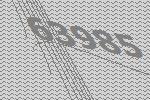
63985